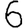
Digit: 6